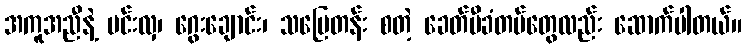
အကူအညီနဲ့ မင်းလှ၊ ဂွေးချောင်း၊ သပြေတန်း စတဲ့ ခေတ်မီခံတပ်တွေလည်း ဆောက်ပါတယ်။